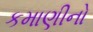
કમાણીનો